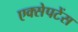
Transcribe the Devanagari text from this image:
एक्सेपटेंस